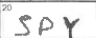
Transcription: SPY